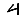
Digit: 4